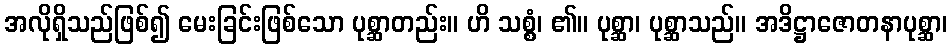
အလိုရှိသည်ဖြစ်၍ မေးခြင်းဖြစ်သော ပုစ္ဆာတည်း။ ဟိ သစ္စံ၊ ၏။ ပုစ္ဆာ၊ ပုစ္ဆာသည်။ အဒိဋ္ဌာဇောတနာပုစ္ဆာ၊